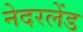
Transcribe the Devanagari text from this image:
नेदरलेंड